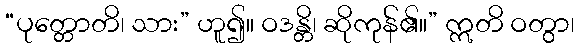
“ပုတ္တောတိ၊ သား” ဟူ၍။ ဝဒန္တိ၊ ဆိုကုန်၏။” ဣတိ ဝတွာ၊